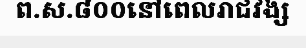
ព.ស.៨០០នៅពេលរាជវង្ស